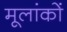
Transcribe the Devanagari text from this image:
मूलांकों